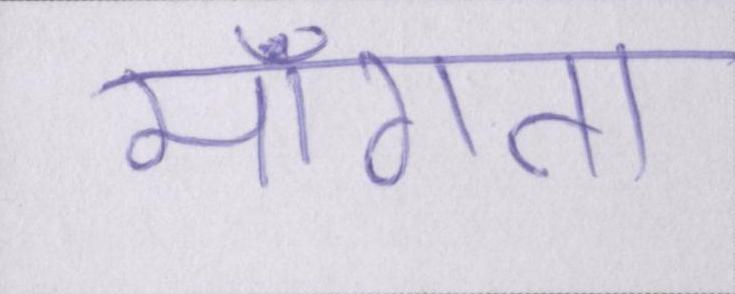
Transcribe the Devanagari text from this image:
माँगता